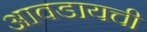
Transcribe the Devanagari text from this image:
आवडायची